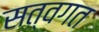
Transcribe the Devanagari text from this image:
सत्वगत